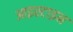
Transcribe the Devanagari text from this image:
आइस्टाइन